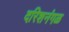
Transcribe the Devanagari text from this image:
दरिशनंगळ